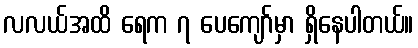
လလယ်အထိ ရေက ၇ ပေကျော်မှာ ရှိနေပါတယ်။